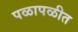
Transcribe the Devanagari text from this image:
पळापळीत